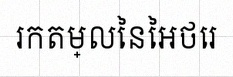
រកតម្លៃនៃអថេរ